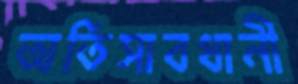
অতিসাবধানী